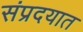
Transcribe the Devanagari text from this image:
संप्रदयात